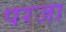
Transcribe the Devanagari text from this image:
परजा